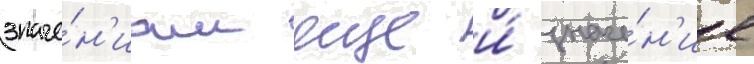
значе́н'иам еще и́ значе́н'ие